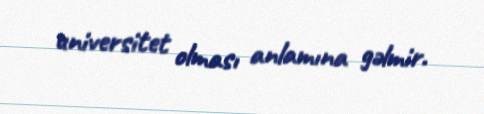
universitet olması anlamına gəlmir.